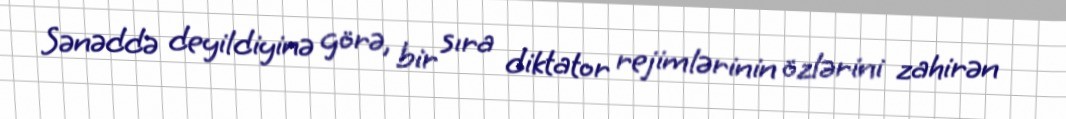
Sənəddə deyildiyinə görə, bir sıra diktator rejimlərinin özlərini zahirən